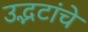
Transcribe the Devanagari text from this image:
उद्भटांचे